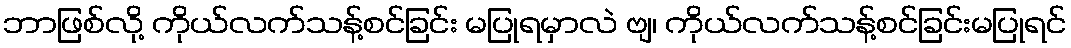
ဘာဖြစ်လို့ ကိုယ်လက်သန့်စင်ခြင်း မပြုရမှာလဲ ဗျ၊ ကိုယ်လက်သန့်စင်ခြင်းမပြုရင်